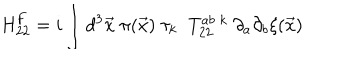
\mathrm { H } _ { 2 2 } ^ { F } = i \int d ^ { 3 } { \vec { x } } \; \pi ( { \vec { x } } ) \; \tau _ { k } \; \; T _ { 2 2 } ^ { a b \; k } \; \partial _ { a } \partial _ { b } { \xi } ( \vec { x } )